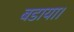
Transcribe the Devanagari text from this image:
बडाया।